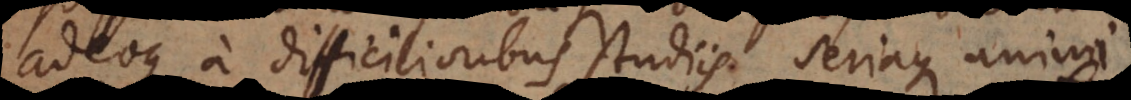
adeoque a difficilioribus studiis seriaque animi